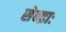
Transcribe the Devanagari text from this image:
सेन्द्राः